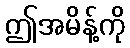
ဤအမိန့်ကို